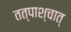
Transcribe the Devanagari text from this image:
तत्पाश्चात्